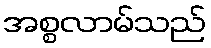
အစ္စလာမ်သည်